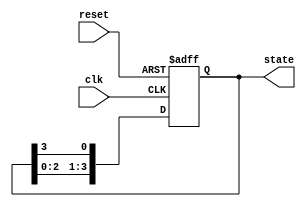
module ring_counter #(
    parameter N = 4  // Number of memory blocks (states)
) (
    input wire clk,   // Clock signal
    input wire reset, // Asynchronous reset signal
    output reg [N-1:0] state // Output state of the ring counter
);

    // Initial state of the ring counter
    initial begin
        state = 1'b1; // Start with first memory block set to '1'
    end

    // Always block triggered on clock edge or reset
    always @(posedge clk or posedge reset) begin
        if (reset) begin
            state <= 1'b1; // Reset to initial state
        end else begin
            // Shift the '1' to the next memory block in a circular manner
            state <= {state[N-2:0], state[N-1]}; // Rotate left
        end
    end

endmodule